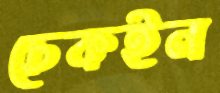
চেকইন